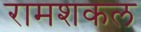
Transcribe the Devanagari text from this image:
रामशकल